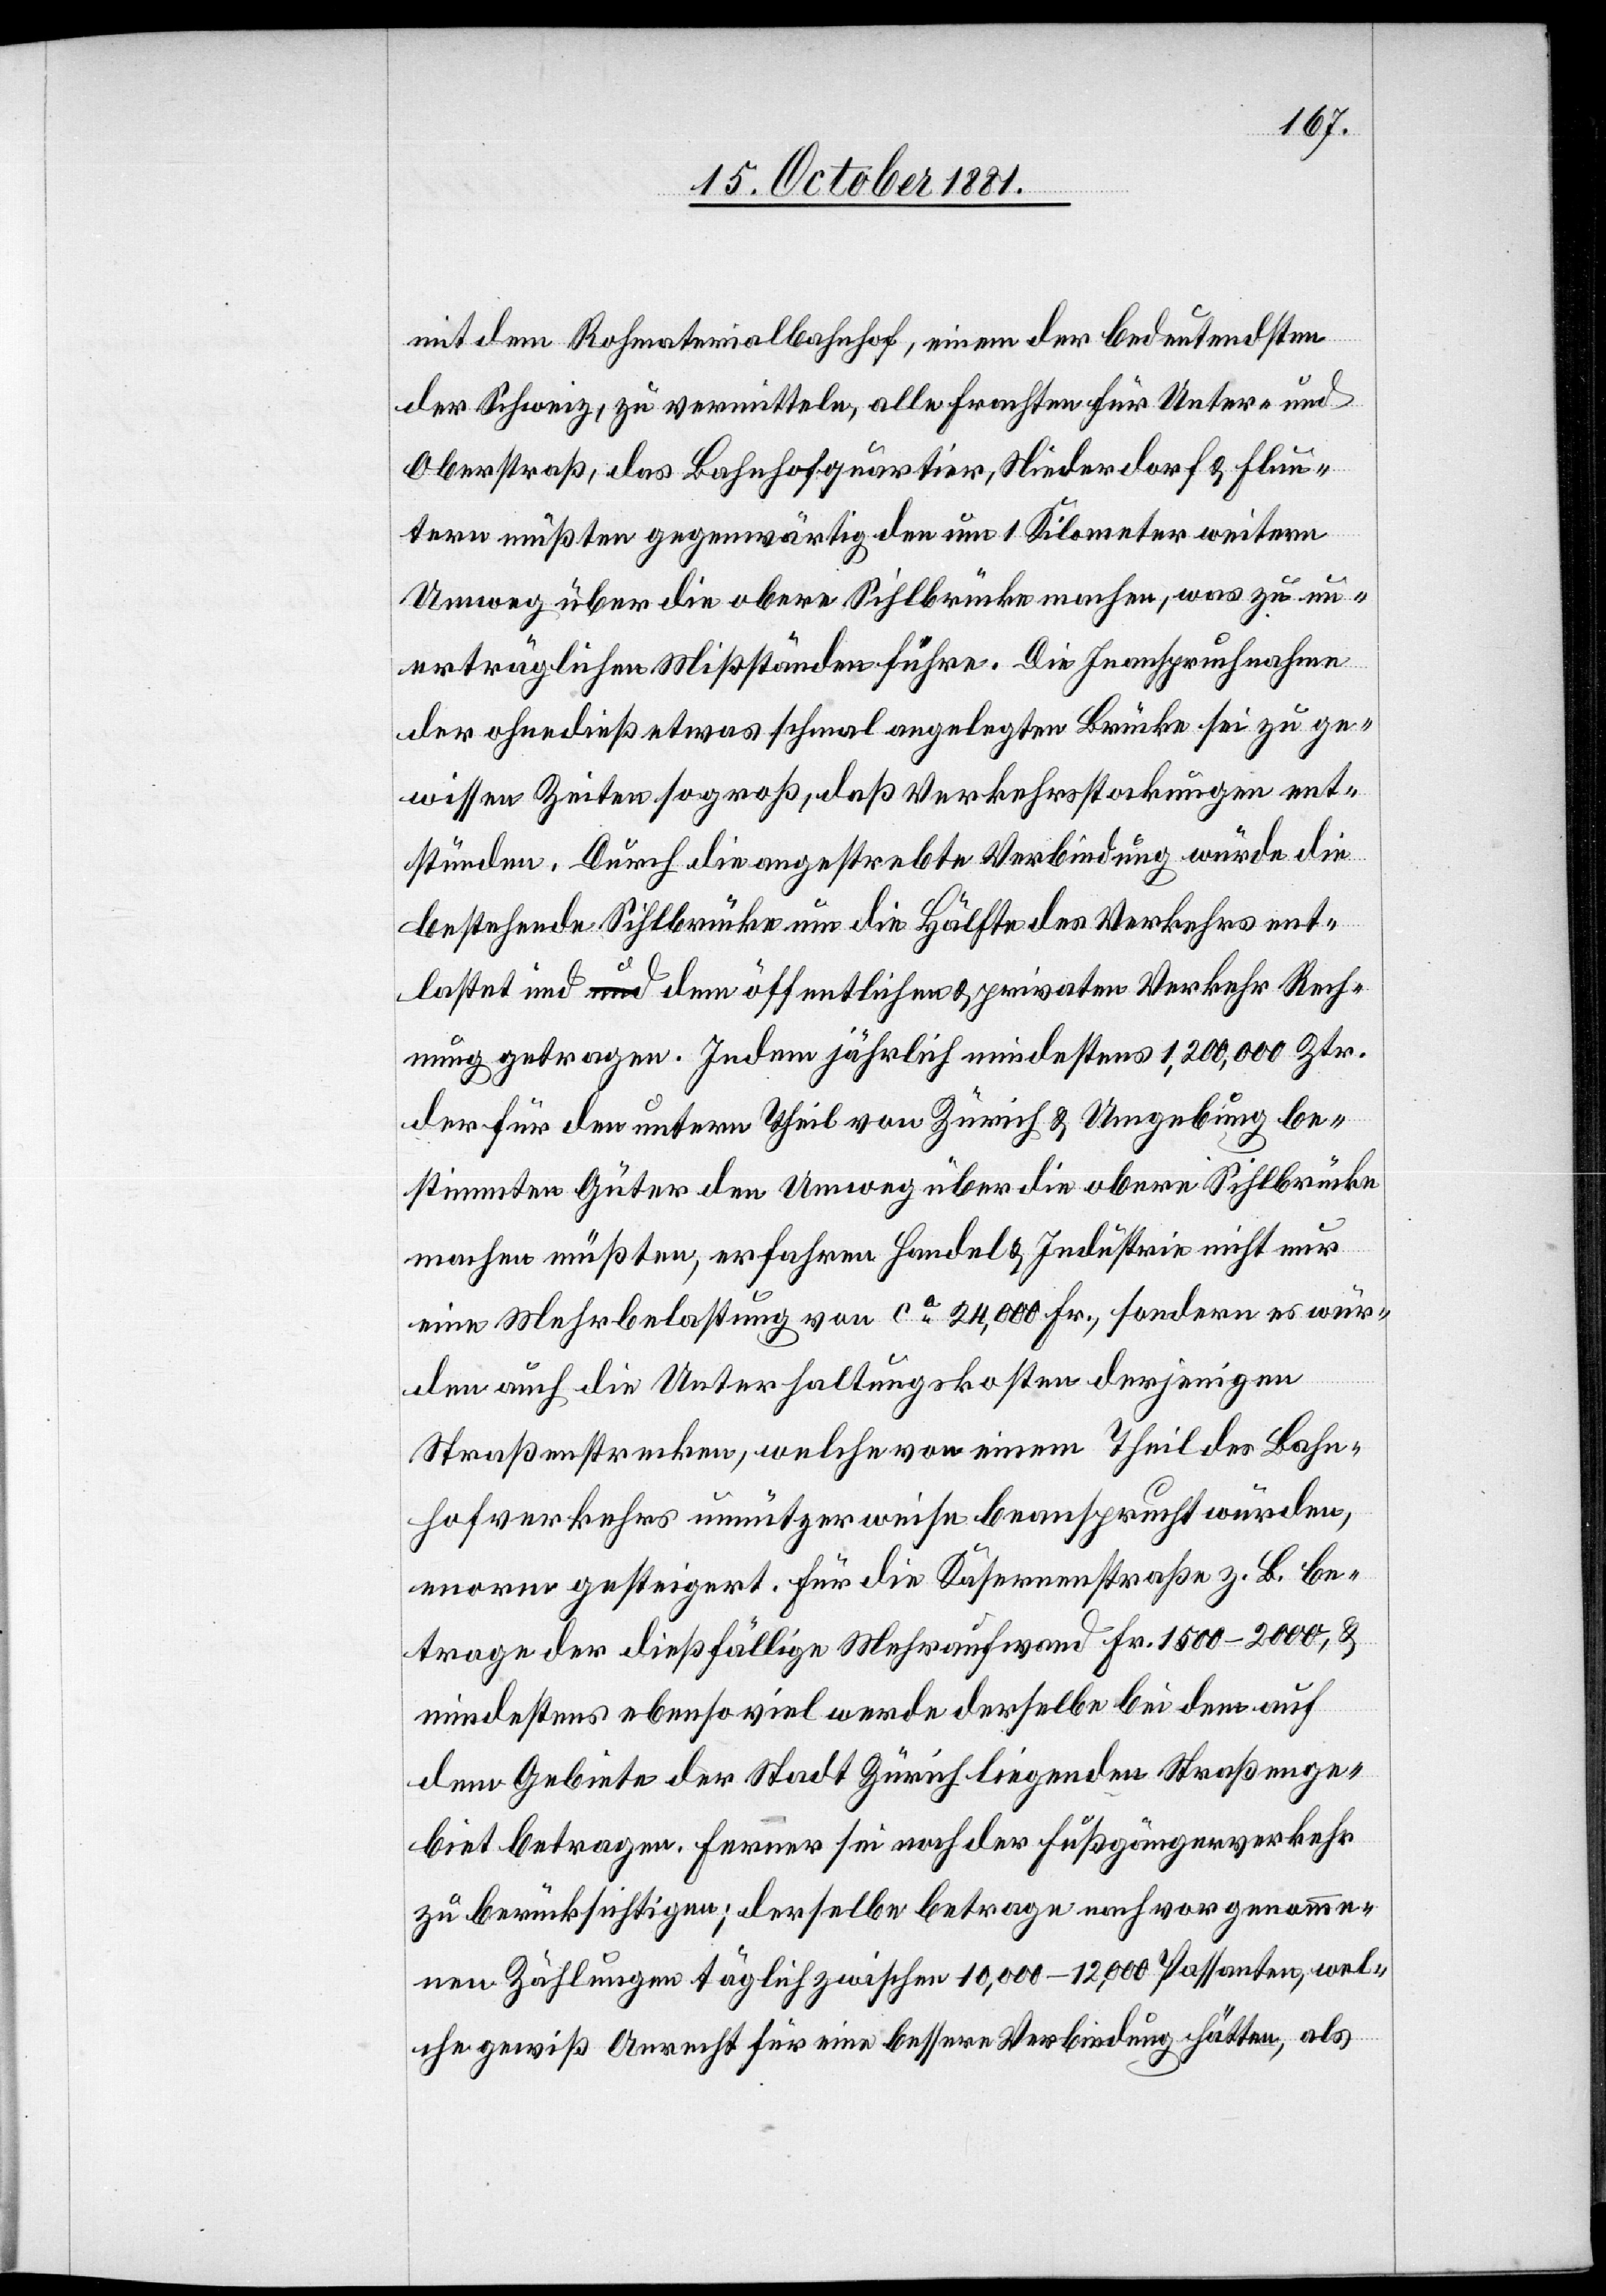
mit dem Rohmaterialbahnhof, einem der bedeutendsten
der Schweiz, zu vermitteln, alle Frachten für Unter- und
Oberstraß, das Bahnhofquartier, Niederdorf & Flun¬
tern müßten gegenwärtig den um 1 Kilometer weitern
Umweg über die obere Sihlbrücke machen, was zu un¬
erträglichen Mißständen führe. Die Inanspruchnahme
der ohnedieß etwas schmal angelegten Brücke sei zu ge¬
wissen Zeiten so groß, daß Verkehrsstockungen ent¬
stünden. Durch die angestrebte Verbindung würde die
bestehende Sihlbrücke um die Hälfte des Verkehrs ent¬
lastet und dem öffentlichen & privaten Verkehr Rech¬
nung getragen. Indem jährlich mindestens 1 200 000 Ztr.
der für den untern Theil von Zürich & Umgebung be¬
stimmten Güter den Umweg über die obere Sihlbrücke
machen müßten, erfahren Handel & Industrie nicht nur
eine Mehrbelastung von ca 24 000 Fr., sondern es wür¬
den auch die Unterhaltungskosten derjenigen
Straßenstrecken, welche von einem Theil des Bahn¬
hofverkehrs unnützer weise beansprucht würden,
enorm gesteigert. Für die Kasernenstraße z. B. be¬
trage der dießfällige Mehraufwand Fr. 1500–2000, &
mindestens ebensoviel werde derselbe bei dem auf
dem Gebiete der Stadt Zürich liegenden Straßenge¬
biet betragen. Ferner sei noch der Fußgängerverkehr
zu berücksichtigen; derselbe betrage nach vorgenomme¬
nen Zählungen täglich zwischen 10 000–12 000 Passanten, wel¬
che gewiß Anrecht für eine bessere Verbindung hätten, als